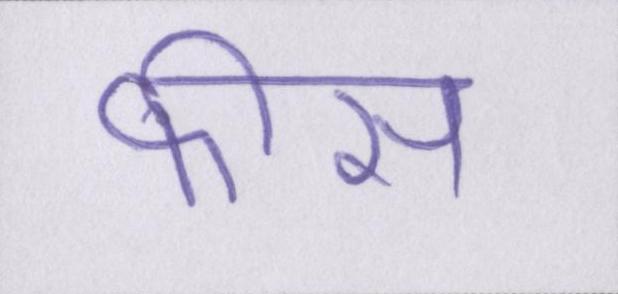
फीस